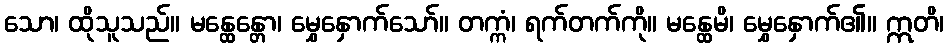
သော၊ ထိုသူသည်။ မန္ထေန္တော၊ မွှေနှောက်သော်။ တက္ကံ၊ ရက်တက်ကို။ မန္ထေမိ၊ မွှေနှောက်၏။ ဣတိ၊